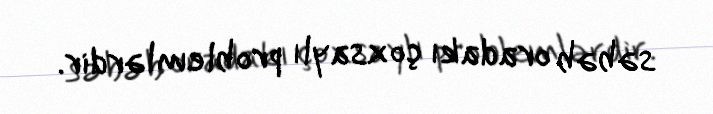
səbəb oradakı çoxsaylı problemlərdir.